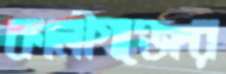
কালীগঞ্জের